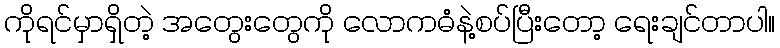
ကိုရင်မှာရှိတဲ့ အတွေးတွေကို လောကဓံနဲ့စပ်ပြီးတော့ ရေးချင်တာပါ။